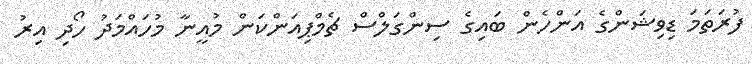
ފުރަތަމަ ޑިވިޝަންގެ އަންހެން ބައިގެ ސިންގަލްސް ޗެމްޕިއަންކަން މުއީނާ މުހައްމަދު ހޯދި އިރު